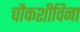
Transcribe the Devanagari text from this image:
चौकशीविना